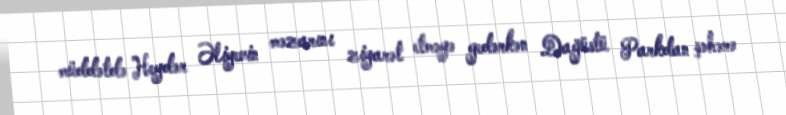
müddətdə Heydər Əliyevin məzarını ziyarət etməyə gedərkən Dağüstü Parkdan şəhərə